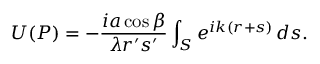
U ( P ) = - { \frac { i a \cos \beta } { \lambda r ^ { \prime } s ^ { \prime } } } \int _ { S } e ^ { i k ( r + s ) } \, d s .